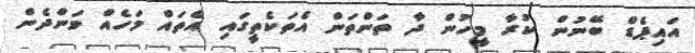
އައިޕެޑް ބޭނުން ކުރާ މީހުން ދާ ތަންތަން އެތަކެތީގައި އެތައް މަހެއް ވަންދެން